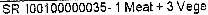
SR I00100000035- 1 MEAT + 3 VEGE